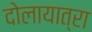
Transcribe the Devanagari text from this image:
दोलायात्रा